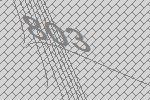
803